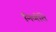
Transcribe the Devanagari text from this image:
निर्णीते